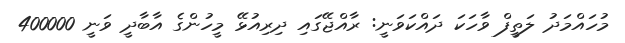
މުހައްމަދު ލަތީފް ވާހަކަ ދައްކަވަނީ: ރާއްޖޭގައި ދިރިއުޅޭ މީހުންގެ އާބާދީ ވަނީ 400000